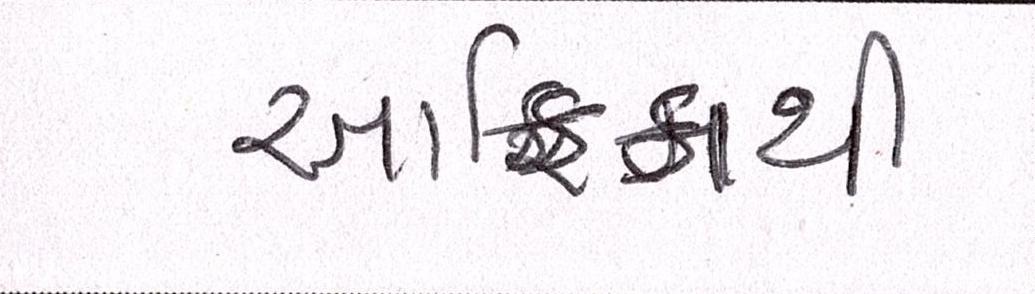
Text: આફ્રિકાથી